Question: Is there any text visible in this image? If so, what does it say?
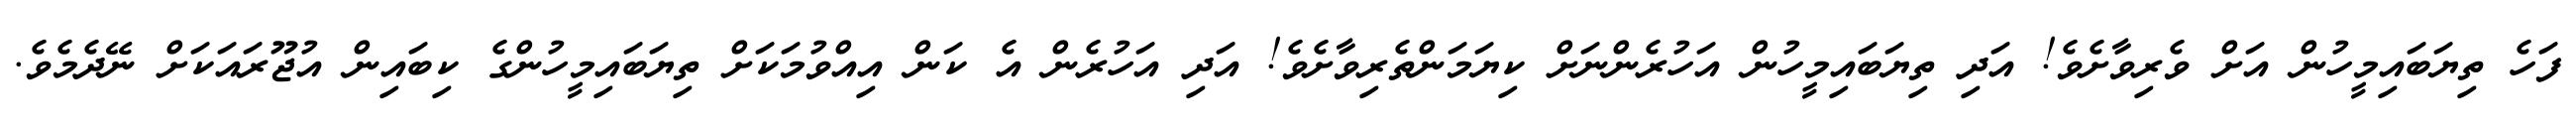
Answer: ފަހެ ތިޔަބައިމީހުން އަށް ވެރިވާށެވެ! އަދި ތިޔަބައިމީހުން އަހުރެންނަށް ކިޔަމަންތެރިވާށެވެ! އަދި އަހުރެން އެ ކަން އިއްވުމަކަށް ތިޔަބައިމީހުންގެ ކިބައިން އުޖޫރައަކަށް ނޭދެމެވެ.